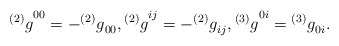
\begin{align*}{^{(2)}g}^{00}=- {^{(2)}g}_{00},{^{(2)}g}^{ij}=- {^{(2)}g}_{ij},{^{(3)}g}^{0i}={^{(3)}g}_{0i} .\end{align*}